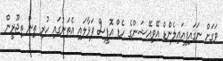
ވަގަށް ނަގައިފިއައިލެންޑް އޭވިއޭޝަންގެ ހެޑް އޮފީސް ފަޅާލައި އެތަނުގައި ހުރި ތިން ތިޖޫރީން